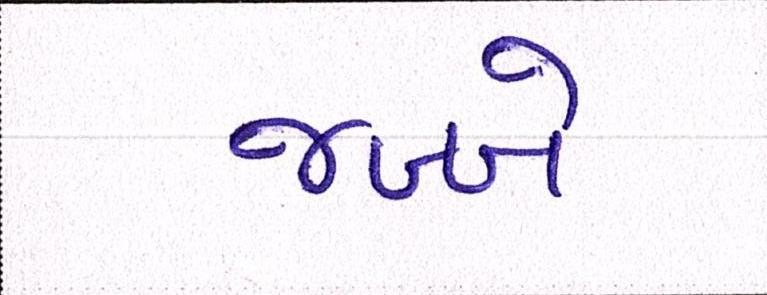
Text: જબ્બે